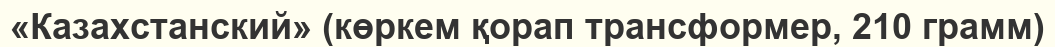
«Казахстанский» (көркем қорап трансформер, 210 грамм)